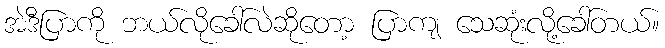
အဲဒီပြာကို ဘယ်လိုခေါ်လဲဆိုတော့ ပြာကျ သေဆုံးလို့ခေါ်တယ်။